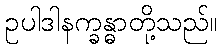
ဥပါဒါနက္ခန္ဓာတို့သည်။